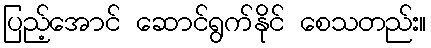
ပြည့်အောင် ဆောင်ရွက်နိုင် စေသတည်း။